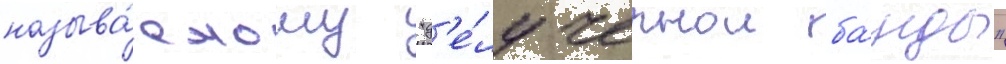
называ́емому "д'е́лу чернои ба́нды"